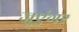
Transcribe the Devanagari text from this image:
जुएंगर